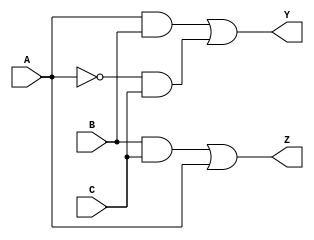
module reduced_logic_block (
    input wire A,    // Input A
    input wire B,    // Input B
    input wire C,    // Input C
    output wire Y,   // Output Y
    output wire Z    // Output Z
);

// Intermediate signals for simplification
wire not_A;       // NOT A
wire and1;        // A AND B
wire and2;        // NOT A AND C
wire and3;        // B AND C

// Logic for output Y
assign not_A = ~A;            // NOT A
assign and1 = A & B;          // A AND B
assign and2 = not_A & C;      // NOT A AND C
assign Y = and1 | and2;       // Y = A AND B + NOT A AND C

// Logic for output Z
assign and3 = B & C;          // B AND C
assign Z = and3 | A;          // Z = B AND C + A

endmodule